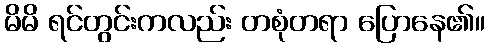
မိမိ ရင်တွင်းကလည်း တစုံတရာ ပြောနေ၏။